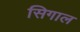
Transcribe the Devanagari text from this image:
सिगाल